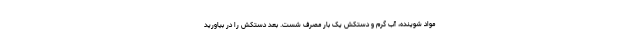
مواد شوینده، آب گرم و دستکش یک بار مصرف شست. بعد دستکش را در بیاورید